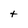
Character: t